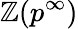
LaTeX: \mathbb{Z}(p^{\infty})